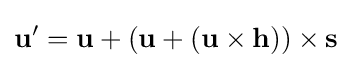
\mathbf {u} '=\mathbf {u} +(\mathbf {u} +(\mathbf {u} \times \mathbf {h} ))\times \mathbf {s}